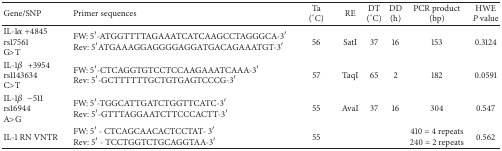
| Gene/SNP | Primer sequences | Ta(°C) | RE | DT(°C) | DD(h) | PCR product(bp) | HWEP value |
 | --- | --- | --- | --- | --- | --- | --- | --- |
 | IL-1α +4845rs17561G>T | FW: 5′-ATGGTTTTAGAAATCATCAAGCCTAGGGCA-3′ Rev: 5′ATGAAAGGAGGGGAGGATGACAGAAATGT-3′ | 56 | SatI | 37 | 16 | 153 | 0.3124 |
 | IL-1β+3954rs1143634C>T | FW: 5′-CTCAGGTGTCCTCCAAGAAATCAAA-3′ Rev: 5′-GCTTTTTTGCTGTGAGTCCCG-3′ | 57 | TaqI | 65 | 2 | 182 | 0.0591 |
 | IL-1β−511rs16944A>G | FW: 5′-TGGCATTGATCTGGTTCATC-3′ Rev: 5′-GTTTAGGAATCTTCCCACTT-3′ | 55 | AvaI | 37 | 16 | 304 | 0.547 |
 | IL-1 RN VNTR | FW: 5′-CTCAGCAACACTCCTAT-3′ Rev: 5′-TCCTGGTCTGCAGGTAA-3′ | 55 |  |  |  | 410 = 4 repeats240 = 2 repeats | 0.562 |